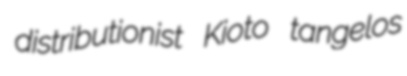
distributionist Kioto tangelos